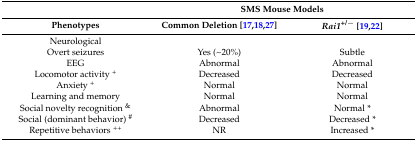
|  | <COLSPAN=2> SMS Mouse Models |
 | Phenotypes | Common Deletion [17,18,27] | Rai1+/− [19,22] |
 | --- | --- | --- |
 | Neurological |  |  |
 | Overt seizures | Yes (~20%) | Subtle |
 | EEG | Abnormal | Abnormal |
 | Locomotor activity + | Decreased | Decreased |
 | Anxiety + | Normal | Normal |
 | Learning and memory | Normal | Normal |
 | Social novelty recognition & | Abnormal | Normal * |
 | Social (dominant behavior) # | Decreased | Decreased * |
 | Repetitive behaviors ++ | NR | Increased * |